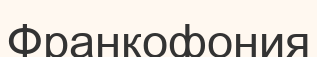
Франкофония